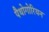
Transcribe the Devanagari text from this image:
पैथोगोरियन